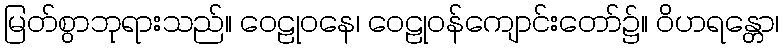
မြတ်စွာဘုရားသည်။ ဝေဠုဝနေ၊ ဝေဠုဝန်ကျောင်းတော်၌။ ဝိဟရန္တော၊